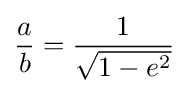
{\frac {a}{b}}={\frac {1}{\sqrt {1-e^{2}}}}